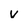
Character: V